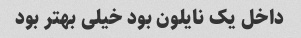
داخل یک نایلون بود خیلی بهتر بود